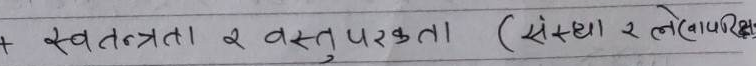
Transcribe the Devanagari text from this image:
+ स्वतंत्रता र वस्तुपरकता (संस्था र लेवापरीक्षण)